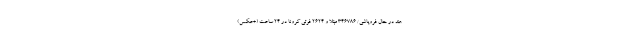
هند در حال فروپاشی/ ۳۴۶۷۸۶ مبتلا و ۲۶۲۴ فوتی کرونا در ۲۴ ساعت (+عکس)